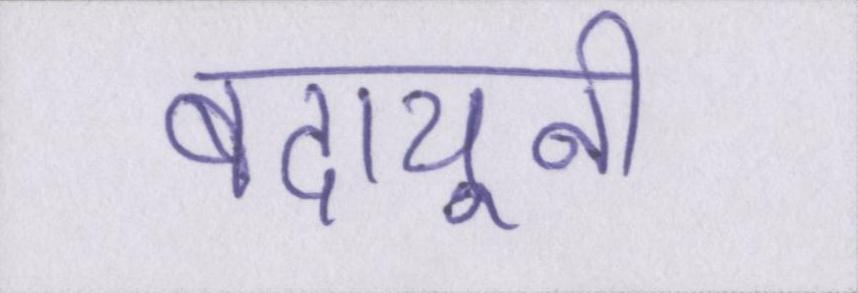
बदायूनी